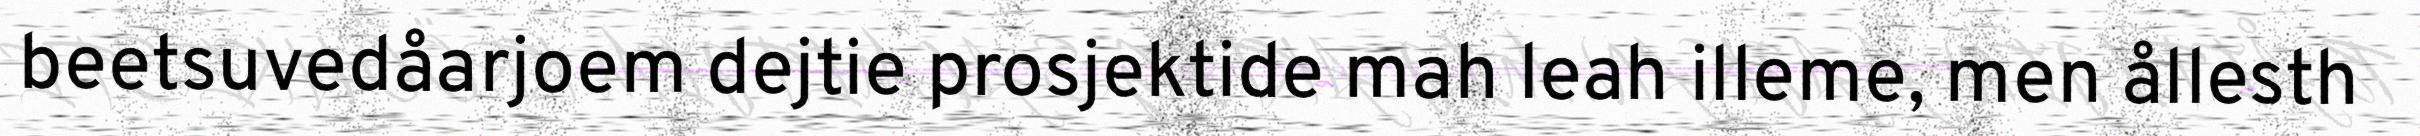
beetsuvedåarjoem dejtie prosjektide mah leah illeme, men ållesth